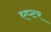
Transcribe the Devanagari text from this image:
एप्टर